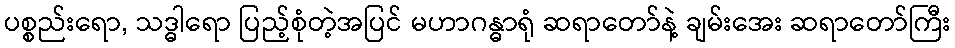
ပစ္စည်းရော, သဒ္ဓါရော ပြည့်စုံတဲ့အပြင် မဟာဂန္ဓာရုံ ဆရာတော်နဲ့ ချမ်းအေး ဆရာတော်ကြီး